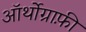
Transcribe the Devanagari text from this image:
ऑर्थोग्राफ़ी